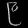
Digit: ၉